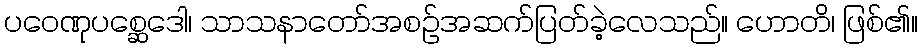
ပဝေဏုပစ္ဆေဒေါ၊ သာသနာတော်အစဉ်အဆက်ပြတ်ခဲ့လေသည်။ ဟောတိ၊ ဖြစ်၏။